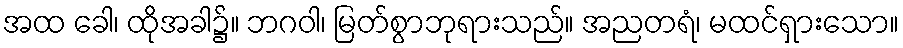
အထ ခေါ၊ ထိုအခါ၌။ ဘဂဝါ၊ မြတ်စွာဘုရားသည်။ အညတရံ၊ မထင်ရှားသော။